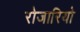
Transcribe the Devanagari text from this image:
रोजारियो